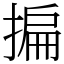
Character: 揙